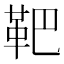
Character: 靶